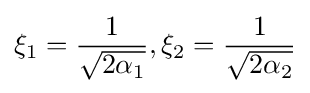
\xi _{1}={\frac {1}{\sqrt {2\alpha _{1}}}},\xi _{2}={\frac {1}{\sqrt {2\alpha _{2}}}}